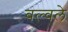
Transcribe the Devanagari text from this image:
बल्वले